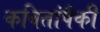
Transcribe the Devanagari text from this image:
कवितांपैकी